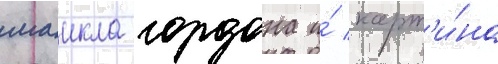
маикла гордона и́ карт'и́на